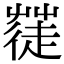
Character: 𮐓